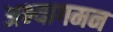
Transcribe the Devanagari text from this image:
अभ्यागमन